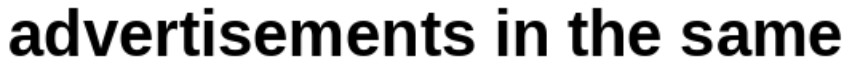
advertisements in the same